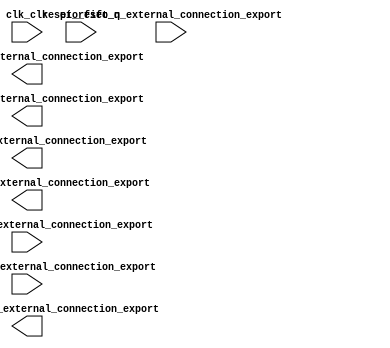

module nios2_subsystem (
	clk_clk,
	pio_data_back_external_connection_export,
	pio_fifo_q_external_connection_export,
	pio_fifo_rdempty_external_connection_export,
	pio_fifo_rdfull_external_connection_export,
	pio_fifo_rdreq_external_connection_export,
	reset_reset_n,
	pio_ram_data_external_connection_export,
	pio_ram_wraddress_external_connection_export,
	pio_ram_wren_external_connection_export);	

	input		clk_clk;
	output		pio_data_back_external_connection_export;
	input	[31:0]	pio_fifo_q_external_connection_export;
	input		pio_fifo_rdempty_external_connection_export;
	input		pio_fifo_rdfull_external_connection_export;
	output		pio_fifo_rdreq_external_connection_export;
	input		reset_reset_n;
	output	[5:0]	pio_ram_data_external_connection_export;
	output	[5:0]	pio_ram_wraddress_external_connection_export;
	output		pio_ram_wren_external_connection_export;
endmodule